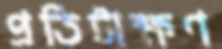
প্রতিটাক্ষণ